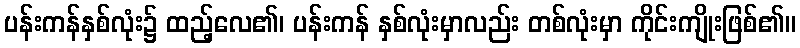
ပန်းကန်နှစ်လုံး၌ ထည့်လေ၏၊ ပန်းကန် နှစ်လုံးမှာလည်း တစ်လုံးမှာ ကိုင်းကျိုးဖြစ်၏။